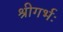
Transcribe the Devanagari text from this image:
श्रीगर्भः